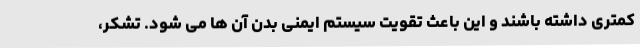
کمتری داشته باشند و این باعث تقویت سیستم ایمنی بدن آن ها می شود. تشکر،